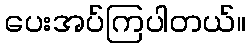
ပေးအပ်ကြပါတယ်။